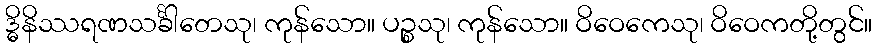
ဒ္ဓိနိဿရဏသင်္ခါတေသု၊ ကုန်သော။ ပဉ္စသု၊ ကုန်သော။ ဝိဝေကေသု၊ ဝိဝေကတို့တွင်။